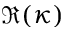
\Re ( \kappa )